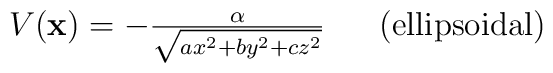
\begin{array}{c}V({\bf x}) = -{\alpha \over \sqrt{ax^2 + by^2 + cz^2}} $ \space \space\space \space (ellipsoidal) $\end{array}